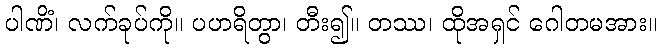
ပါဏိံ၊ လက်ခုပ်ကို။ ပဟရိတွာ၊ တီး၍။ တဿ၊ ထိုအရှင် ဂေါတမအား။